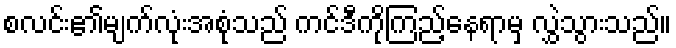
စလင်း၏မျက်လုံးအစုံသည် ကင်ဒီကိုကြည့်နေရာမှ လွှဲသွားသည်။